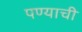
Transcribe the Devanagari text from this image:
पण्याची